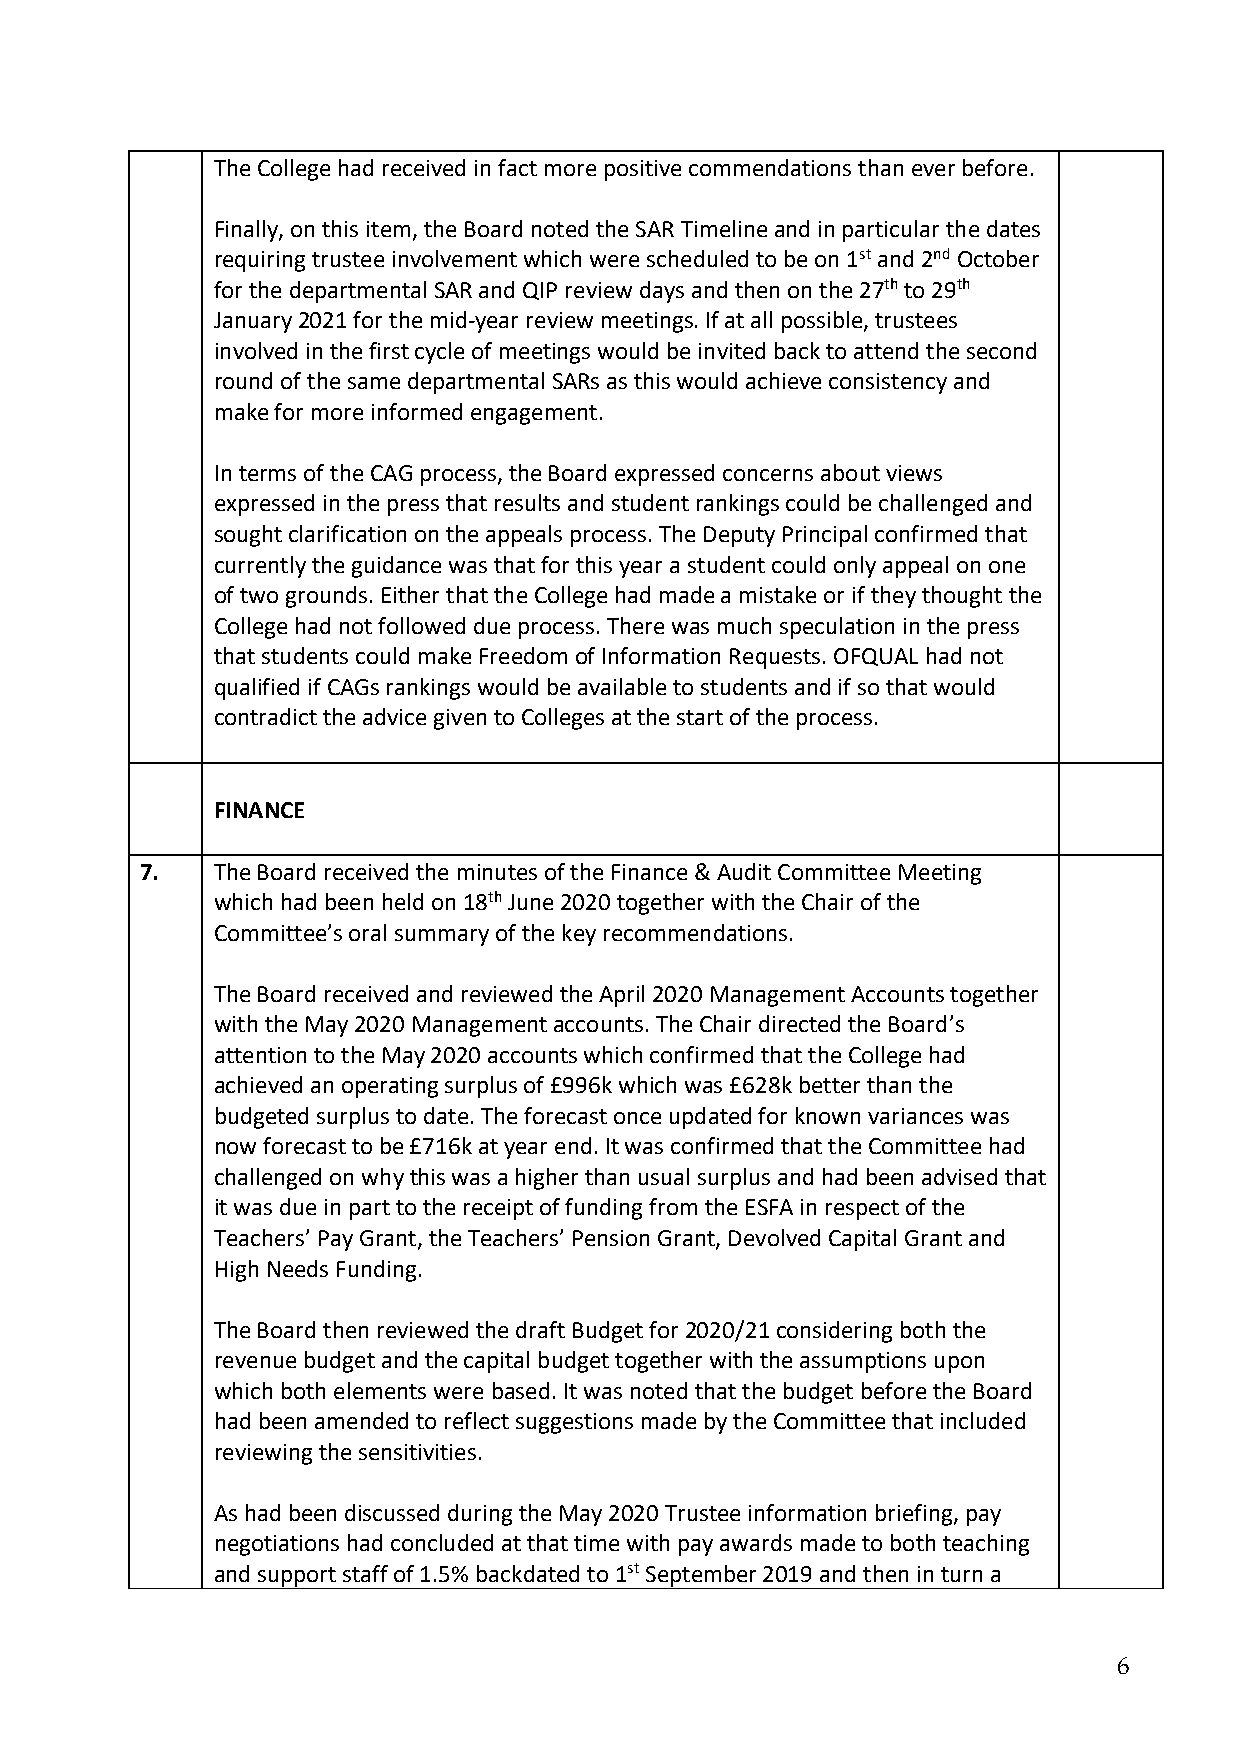
The College had received in fact more positive commendations than ever before.
 Finally, on this item, the Board noted the SAR Timeline and in particular the dates
 requiring trustee involvement which were scheduled to be on 1st and 2nd October
 for the departmental SAR and QIP review days and then on the 27th to 29th
 January 2021 for the mid-year review meetings. If at all possible, trustees
 involved in the first cycle of meetings would be invited back to attend the second
 round of the same departmental SARs as this would achieve consistency and
 make for more informed engagement.
 In terms of the CAG process, the Board expressed concerns about views
 expressed in the press that results and student rankings could be challenged and
 sought clarification on the appeals process. The Deputy Principal confirmed that
 currently the guidance was that for this year a student could only appeal on one
 of two grounds. Either that the College had made a mistake or if they thought the
 College had not followed due process. There was much speculation in the press
 that students could make Freedom of Information Requests. OFQUAL had not
 qualified if CAGs rankings would be available to students and if so that would
 contradict the advice given to Colleges at the start of the process.
 FINANCE
 7.   The Board received the minutes of the Finance & Audit Committee Meeting
 which had been held on 18th June 2020 together with the Chair of the
 Committee’s oral summary of the key recommendations.
 The Board received and reviewed the April 2020 Management Accounts together
 with the May 2020 Management accounts. The Chair directed the Board’s
 attention to the May 2020 accounts which confirmed that the College had
 achieved an operating surplus of £996k which was £628k better than the
 budgeted surplus to date. The forecast once updated for known variances was
 now forecast to be £716k at year end. It was confirmed that the Committee had
 challenged on why this was a higher than usual surplus and had been advised that
 it was due in part to the receipt of funding from the ESFA in respect of the
 Teachers’ Pay Grant, the Teachers’ Pension Grant, Devolved Capital Grant and
 High Needs Funding.
 The Board then reviewed the draft Budget for 2020/21 considering both the
 revenue budget and the capital budget together with the assumptions upon
 which both elements were based. It was noted that the budget before the Board
 had been amended to reflect suggestions made by the Committee that included
 reviewing the sensitivities.
 As had been discussed during the May 2020 Trustee information briefing, pay
 negotiations had concluded at that time with pay awards made to both teaching
 and support staff of 1.5% backdated to 1st September 2019 and then in turn a
 6